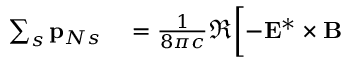
\begin{array} { r l } { \sum _ { s } \mathbf { p } _ { N s } } & { { } = \frac { 1 } { 8 \pi c } \Re \biggl [ - \mathbf { E } ^ { * } \times \mathbf { B } } \end{array}